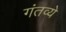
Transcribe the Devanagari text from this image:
गंतव्ये